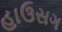
હાઉસગ